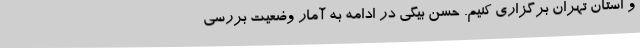
و استان تهران برگزاری کنیم. حسن بیگی در ادامه به آمار وضعیت بررسی